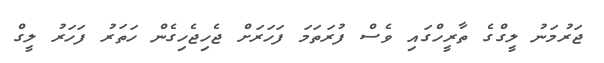
ޖަރުމަނު ލީގްގެ ތާރީހްގައި ވެސް ފުރަތަމަ ފަހަރަށް ޖެހިޖެހިގެން ހަތަރު ފަހަރު ލީގް